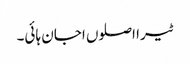
ٹیرا اصلوں اجان ہائی۔